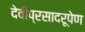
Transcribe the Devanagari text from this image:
देवीप्रसादरूपेण